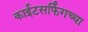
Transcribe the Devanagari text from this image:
काईटसर्फिंगच्या